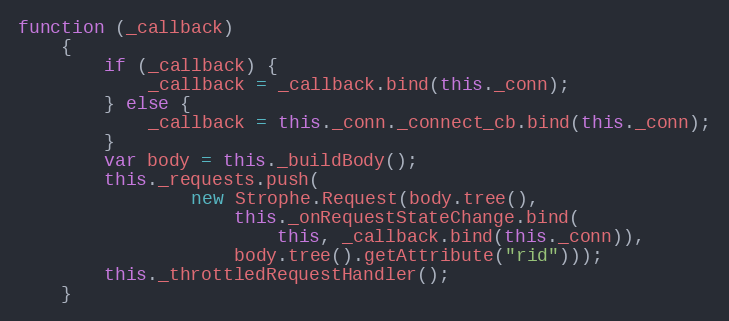
Language: JavaScript
function (_callback)
    {
        if (_callback) {
            _callback = _callback.bind(this._conn);
        } else {
            _callback = this._conn._connect_cb.bind(this._conn);
        }
        var body = this._buildBody();
        this._requests.push(
                new Strophe.Request(body.tree(),
                    this._onRequestStateChange.bind(
                        this, _callback.bind(this._conn)),
                    body.tree().getAttribute("rid")));
        this._throttledRequestHandler();
    }